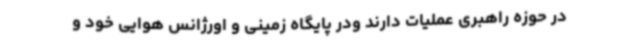
در حوزه راهبری عملیات دارند ودر پایگاه زمینی و اورژانس هوایی خود و